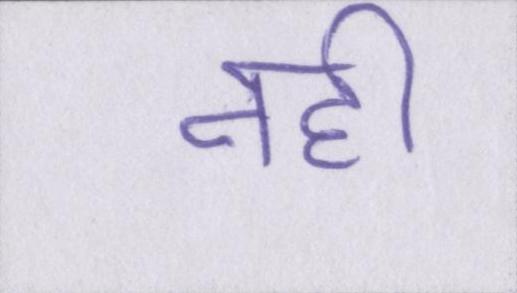
नही